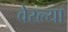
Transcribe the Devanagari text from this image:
वेरल्या